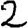
Digit: 2